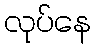
လုပ်နေ